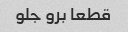
قطعا برو جلو